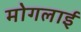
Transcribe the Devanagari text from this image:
मोगलार्इ